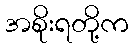
အစိုးရတို့က